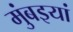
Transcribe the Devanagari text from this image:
मुंबइयां